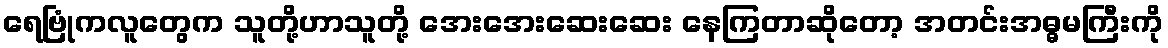
ရေဗြုံကလူတွေက သူတို့ဟာသူတို့ အေးအေးဆေးဆေး နေကြတာဆိုတော့ အတင်းအဓ္ဓမကြီးကို